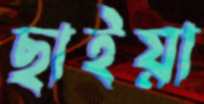
ছাইয়া